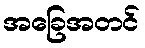
အခြေအတင်